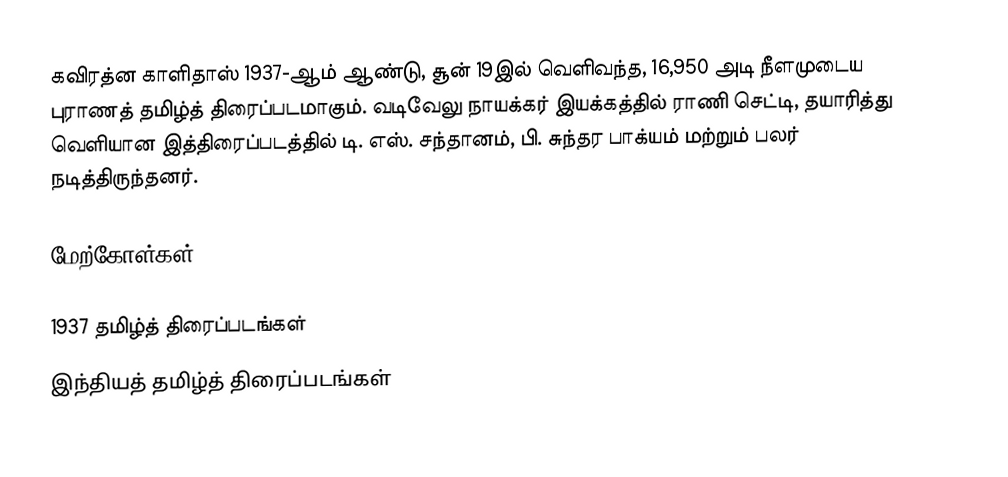
கவிரத்ன காளிதாஸ் 1937-ஆம் ஆண்டு, சூன் 19இல் வெளிவந்த, 16,950 அடி நீளமுடைய புராணத் தமிழ்த் திரைப்படமாகும். வடிவேலு நாயக்கர் இயக்கத்தில் ராணி செட்டி, தயாரித்து வெளியான இத்திரைப்படத்தில் டி. எஸ். சந்தானம், பி. சுந்தர பாக்யம் மற்றும் பலர் நடித்திருந்தனர்.

மேற்கோள்கள்

1937 தமிழ்த் திரைப்படங்கள்
இந்தியத் தமிழ்த் திரைப்படங்கள்